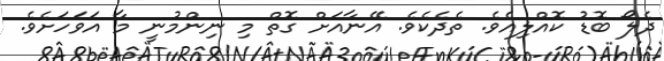
ދެލޯ ބޮޑު ކޮއްލިއެވެ. ތެދެކެވެ. އޭނާއަށް ގޮތް މި ނިންމުނީ މާ އަވަހަށެވެ.